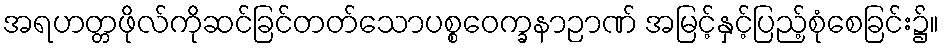
အရဟတ္တဖိုလ်ကိုဆင်ခြင်တတ်သောပစ္စဝေက္ခနာဉာဏ် အမြင့်နှင့်ပြည့်စုံစေခြင်း၌။